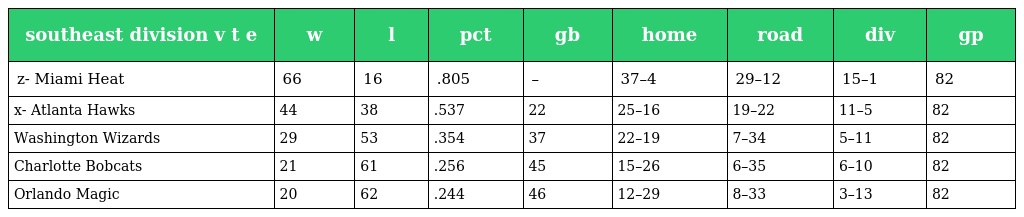
| southeast division v t e | w | l | pct | gb | home | road | div | gp |
 | --- | --- | --- | --- | --- | --- | --- | --- | --- |
 | z- Miami Heat | 66 | 16 | .805 | – | 37–4 | 29–12 | 15–1 | 82 |
 | x- Atlanta Hawks | 44 | 38 | .537 | 22 | 25–16 | 19–22 | 11–5 | 82 |
 | Washington Wizards | 29 | 53 | .354 | 37 | 22–19 | 7–34 | 5–11 | 82 |
 | Charlotte Bobcats | 21 | 61 | .256 | 45 | 15–26 | 6–35 | 6–10 | 82 |
 | Orlando Magic | 20 | 62 | .244 | 46 | 12–29 | 8–33 | 3–13 | 82 |